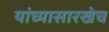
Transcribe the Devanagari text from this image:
यांच्यासारखेच